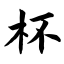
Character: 杯